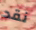
نقد